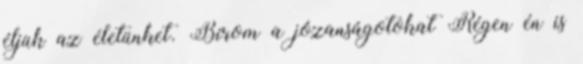
éljük az életünket. Bírom a józanságotokat Régen én is